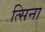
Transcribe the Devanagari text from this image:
त्सिना